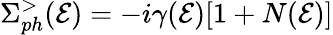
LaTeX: \Sigma_{ph}^{>}(\mathcal{E})=-i\gamma(\mathcal{E})[1+N(\mathcal{E})]